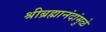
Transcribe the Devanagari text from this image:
श्रीब्रह्मानंदांमुळे